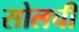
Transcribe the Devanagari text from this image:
सोलची